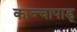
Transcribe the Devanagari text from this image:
काज्चापाडू